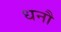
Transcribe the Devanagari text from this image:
धनौ